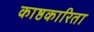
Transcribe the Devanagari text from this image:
काष्ठकारिता